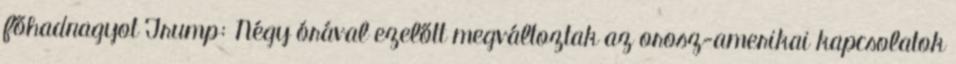
főhadnagyot Trump: Négy órával ezelőtt megváltoztak az orosz-amerikai kapcsolatok